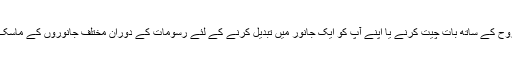
اصل ثقافتوں میں ، جانوروں کی روح کے ساتھ بات چیت کرنے یا اپنے آپ کو ایک جانور میں تبدیل کرنے کے لئے رسومات کے دوران مختلف جانوروں کے ماسک یا بھیس استعمال کیے جاتے ہیں۔